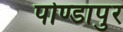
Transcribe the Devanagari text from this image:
पोण्डापुर